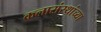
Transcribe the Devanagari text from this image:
कलासंस्थांच्या